Source: Handwritten
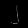
Digit: ၂ (2)